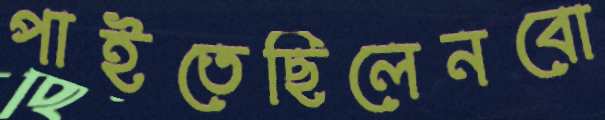
পাইতেছিলেনবো